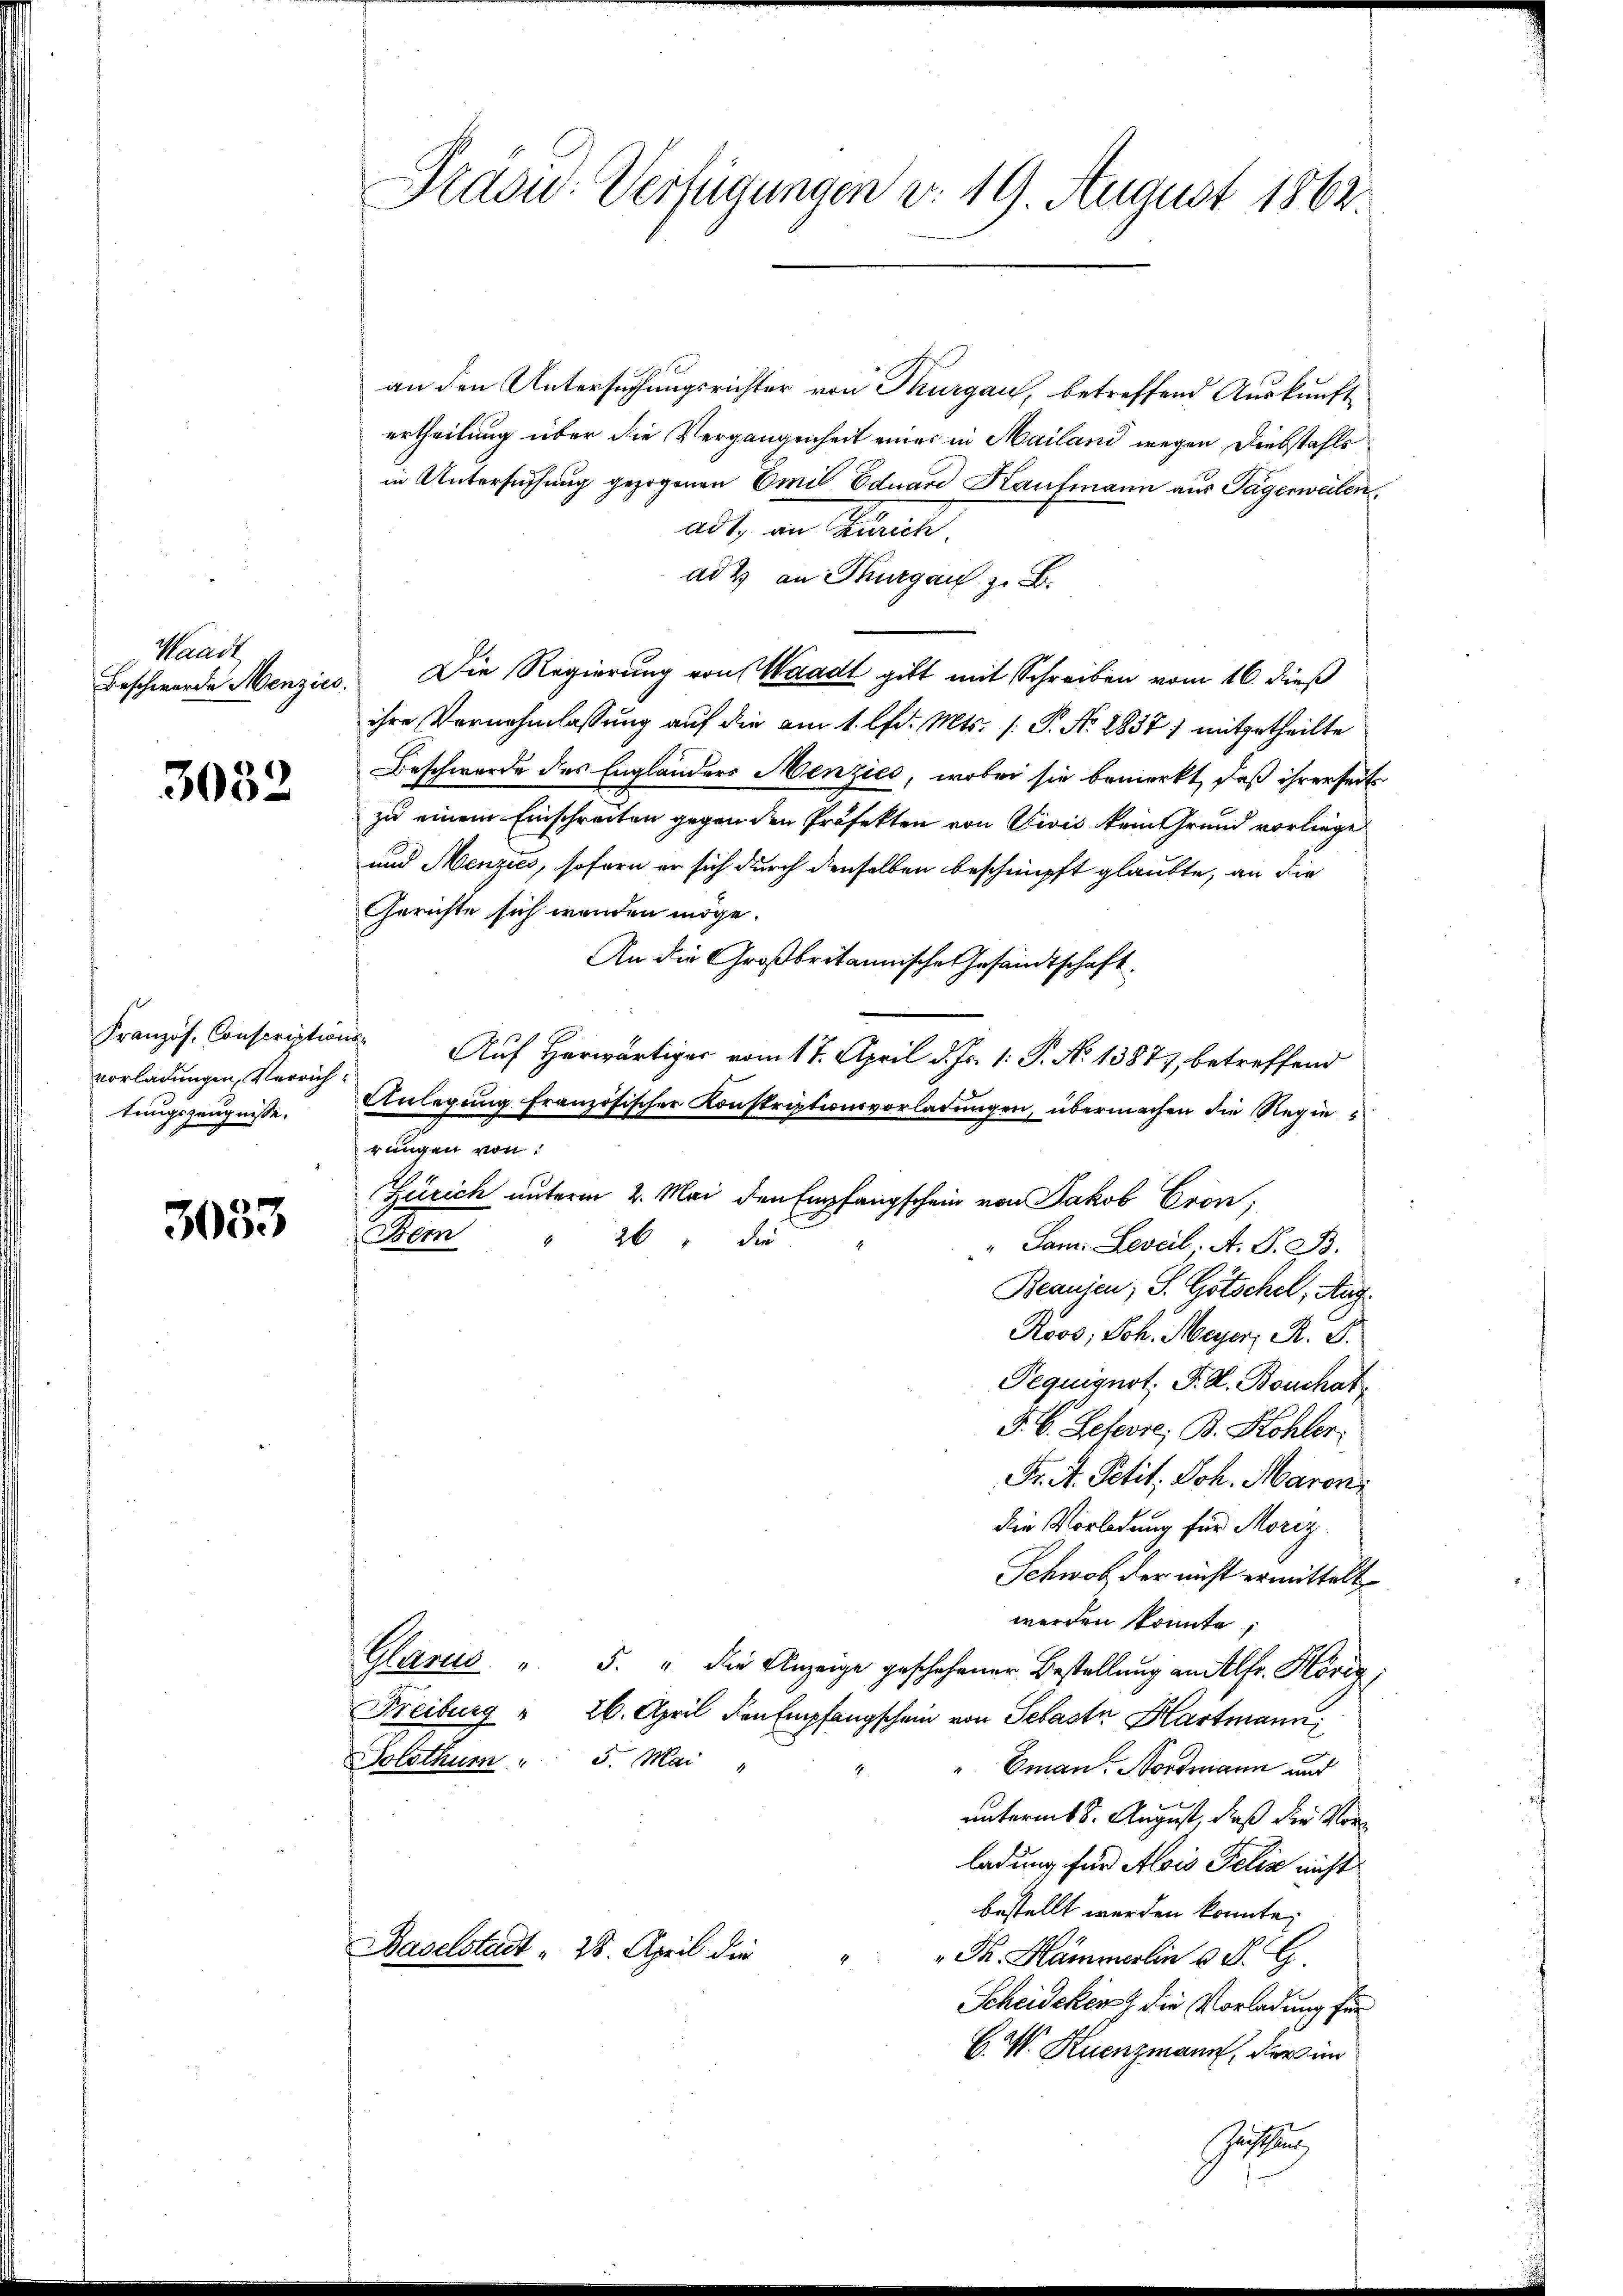
Waadt
Beschwerde Menzies.

3032

Französ. Conscriptions
vorladungen Verrichtungszeugnisse.

3033

Präsid.- Verfügungen v. 19. August 1862

an den Untersuchungsrichter von Thurgau, betreffend Auskunftertheilung über die Vergangenheit eines in Mailand wegen Diebstahls
in Untersuchung gezogenen Emil Eduard Kaufmann aus Tägerweilen,
adt, an unte
ad 2 an Thurgau z. B.
Die Regierung von Waadt gibt mit Schreiben vom 16. dieß
ihre Vornehmlassung auf die am 1. lfd. Mts. (: P. Nr. 2837) mitgetheilte
Beschwerde des Engländers Menzies, wobei sie bemerkt, daß ihrerseit
zu einem Einschreiten gegen den Präfekten von Divis kein Grund vorliege
und Menzies, sofern er sich durch denselben beschnüpft glaubte, an die
Gerichte sich wenden möge.
An die Großbritannische Gesandtschaft.
 Auf Herwärtiger vom 17. April d. Js. 1. J. No 1387, betreffend
Anlegung französischer Konstriptionsvorladungen, übermachen die Regie
rungen von:
Zürich unterm 2. Mai den Empfangschein von Jakob Cron;
Bemn " 20 " die
Sam. Beseil. A. S. Bd.
Beausen, S. Götschel, Aug.
Roos, Sch. Meyer, R. S.
Pequignot; P. R. Bouchat
F. C. Lefevre; B. Kohler
Fr. A. Petit. Joh. Maron
die Vorladung für Moriz
Schwol der nicht ermittelt
werden könnte,
Glarus " 5. " die Anzeige geschehener Bestellung an Alfr. Hörig,
Freiburg " 26. April den Empfangschein von Sebaste Hartmann
Solothum " 5. Mai "
Eman. Nordmann und
unterm 8. August, daß die Vorladung für Alois Felix nicht
bestellt werden könnte;
Baselstadt " 28. April die
" Fr. Hämmerlin d. d. G
Scheideken die Vorladung für
C. W. Kunzmann, der im
Geister